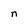
Character: n